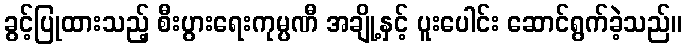
ခွင့်ပြုထားသည့် စီးပွားရေးကုမ္ပဏီ အချို့နှင့် ပူးပေါင်း ဆောင်ရွက်ခဲ့သည်။